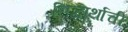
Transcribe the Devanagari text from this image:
सिद्धार्थाची